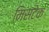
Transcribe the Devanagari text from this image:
मिसटेक